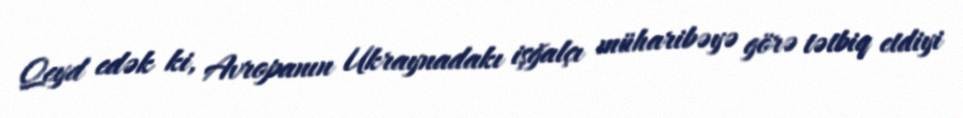
Qeyd edək ki, Avropanın Ukraynadakı işğalçı müharibəyə görə tətbiq etdiyi